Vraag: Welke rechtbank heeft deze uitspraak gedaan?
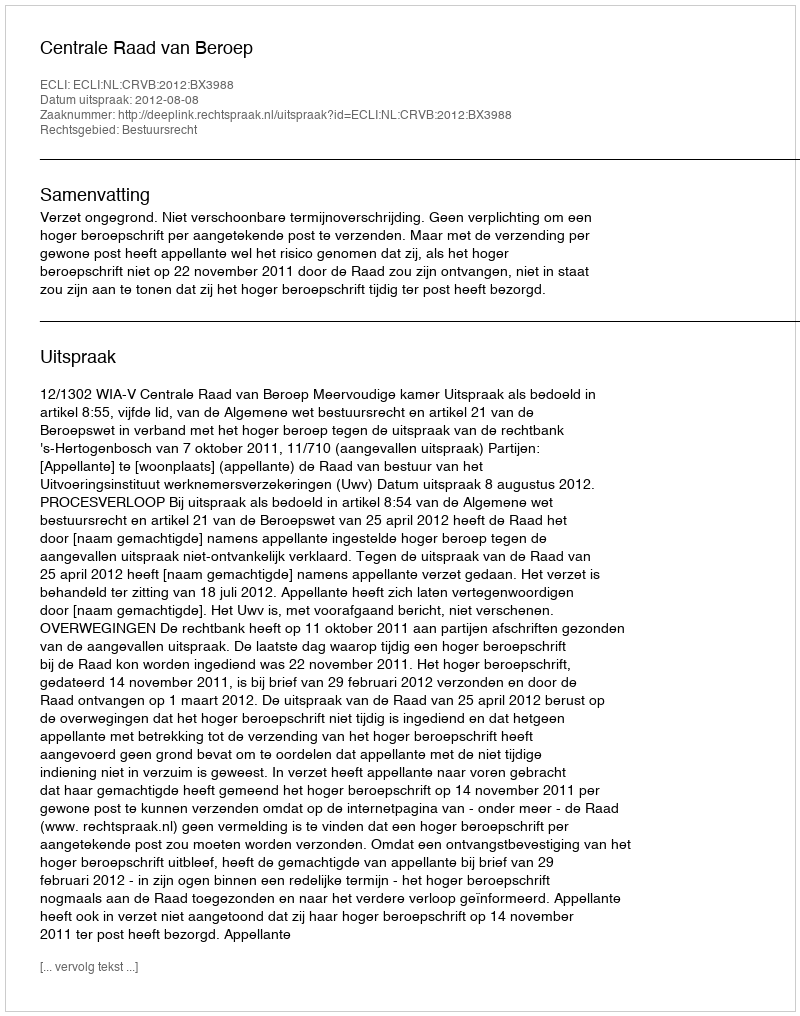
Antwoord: Centrale Raad van Beroep